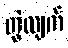
တွဲလျက်